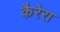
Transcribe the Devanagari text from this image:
कैरेरा